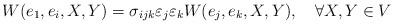
LaTeX: \begin{align*}W(e_1,e_i,X,Y)=\sigma_{ijk}\varepsilon_j\varepsilon_kW(e_j,e_k,X,Y), \ \ \ \forall X,Y \in V\end{align*}